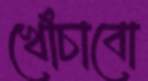
খোঁচাবো